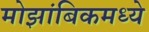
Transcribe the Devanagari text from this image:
मोझांबिकमध्ये